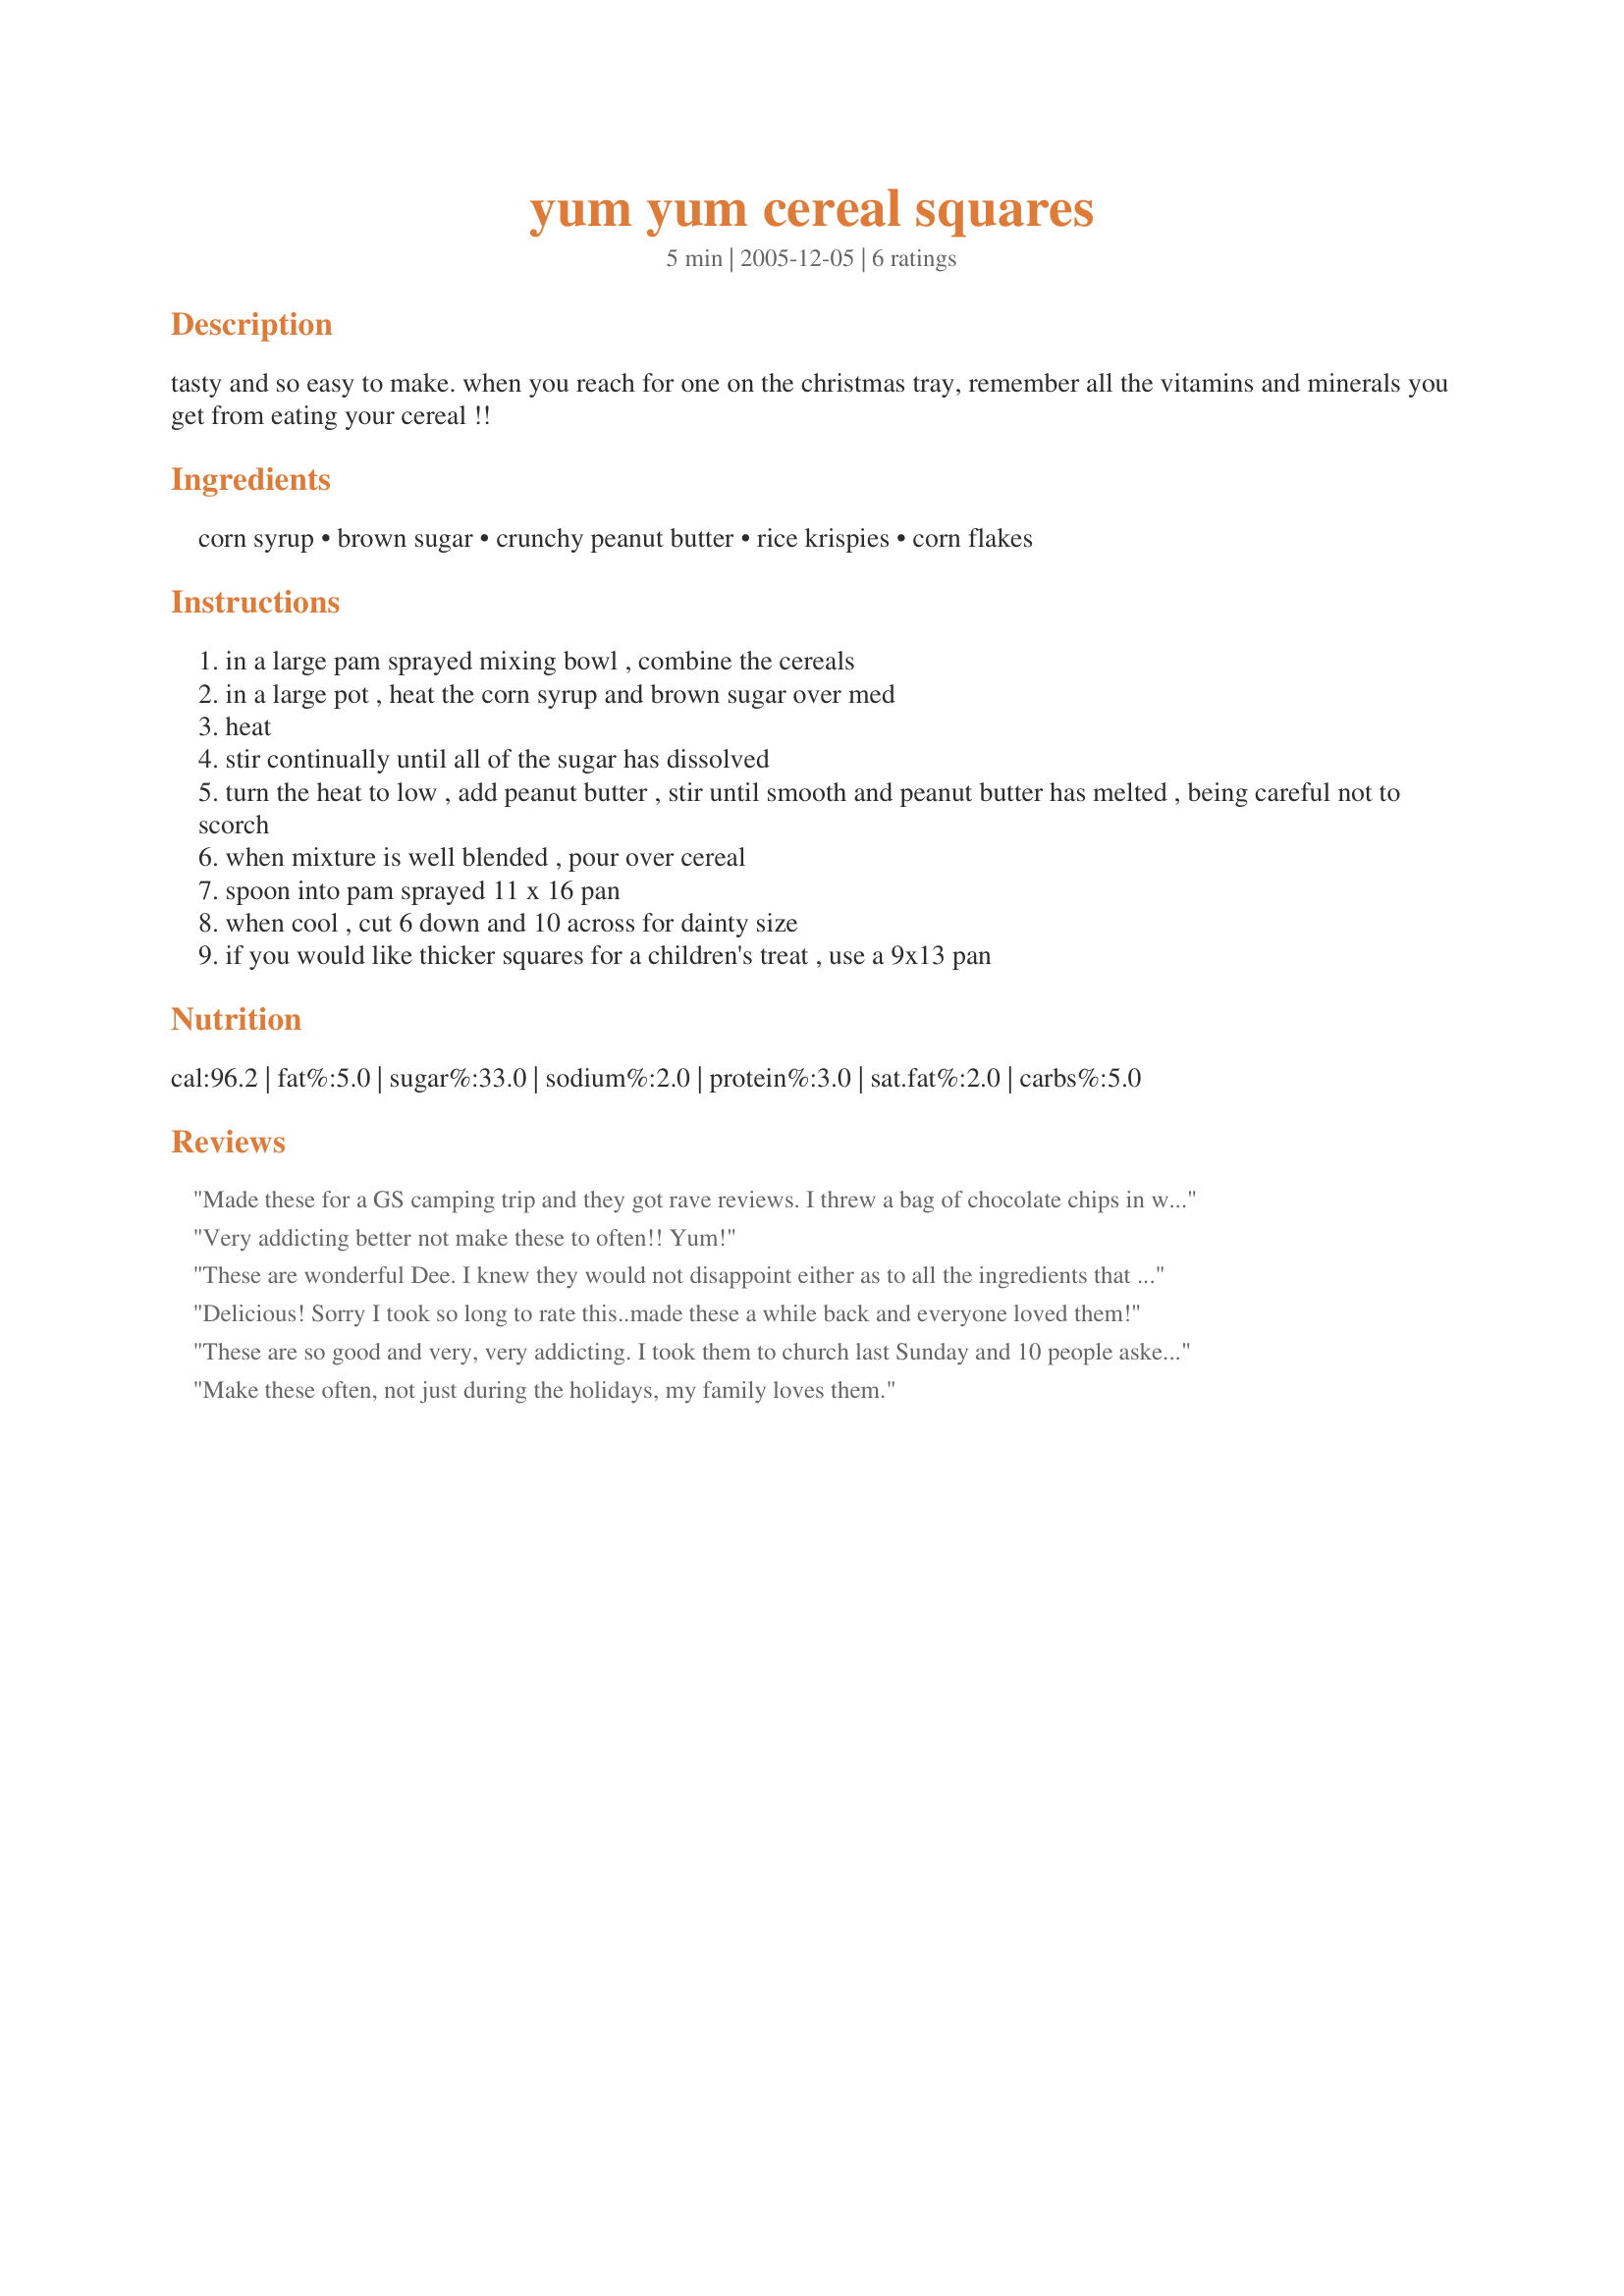
yum yum cereal squares
Preparation time: 5 minutes

tasty and so easy to make. when you reach for one on the christmas tray, remember all the vitamins and minerals you get from eating your cereal !!

Ingredients:
corn syrup, brown sugar, crunchy peanut butter, rice krispies, corn flakes

Steps:
in a large pam sprayed mixing bowl , combine the cereals
in a large pot , heat the corn syrup and brown sugar over med
heat
stir continually until all of the sugar has dissolved
turn the heat to low , add peanut butter , stir until smooth and peanut butter has melted , being careful not to scorch
when mixture is well blended , pour over cereal
spoon into pam sprayed 11 x 16 pan
when cool , cut 6 down and 10 across for dainty size
if you would like thicker squares for a children's treat , use a 9x13 pan

Reviews:
Made these for a GS camping trip and they got rave reviews. I threw a bag of chocolate chips in with the cereal, so it mostly but not totally melted in when you stirred the syrup/pb mixture in. Very delicious and very easy.
Very addicting better not make these to often!! Yum!
These are wonderful Dee. I knew they would not disappoint either as to all the ingredients that I love mixed together. Thanks a bunch for this recipe.
Made for Tag-A-Thon for YOU...
Delicious! Sorry I took so long to rate this..made these a while back and everyone loved them!
These are so good and very, very addicting. I took them to church last Sunday and 10 people asked me for the recipe. I know I will be making these quite often. Thanks for a great recipe.
Make these often, not just during the holidays, my family loves them.
